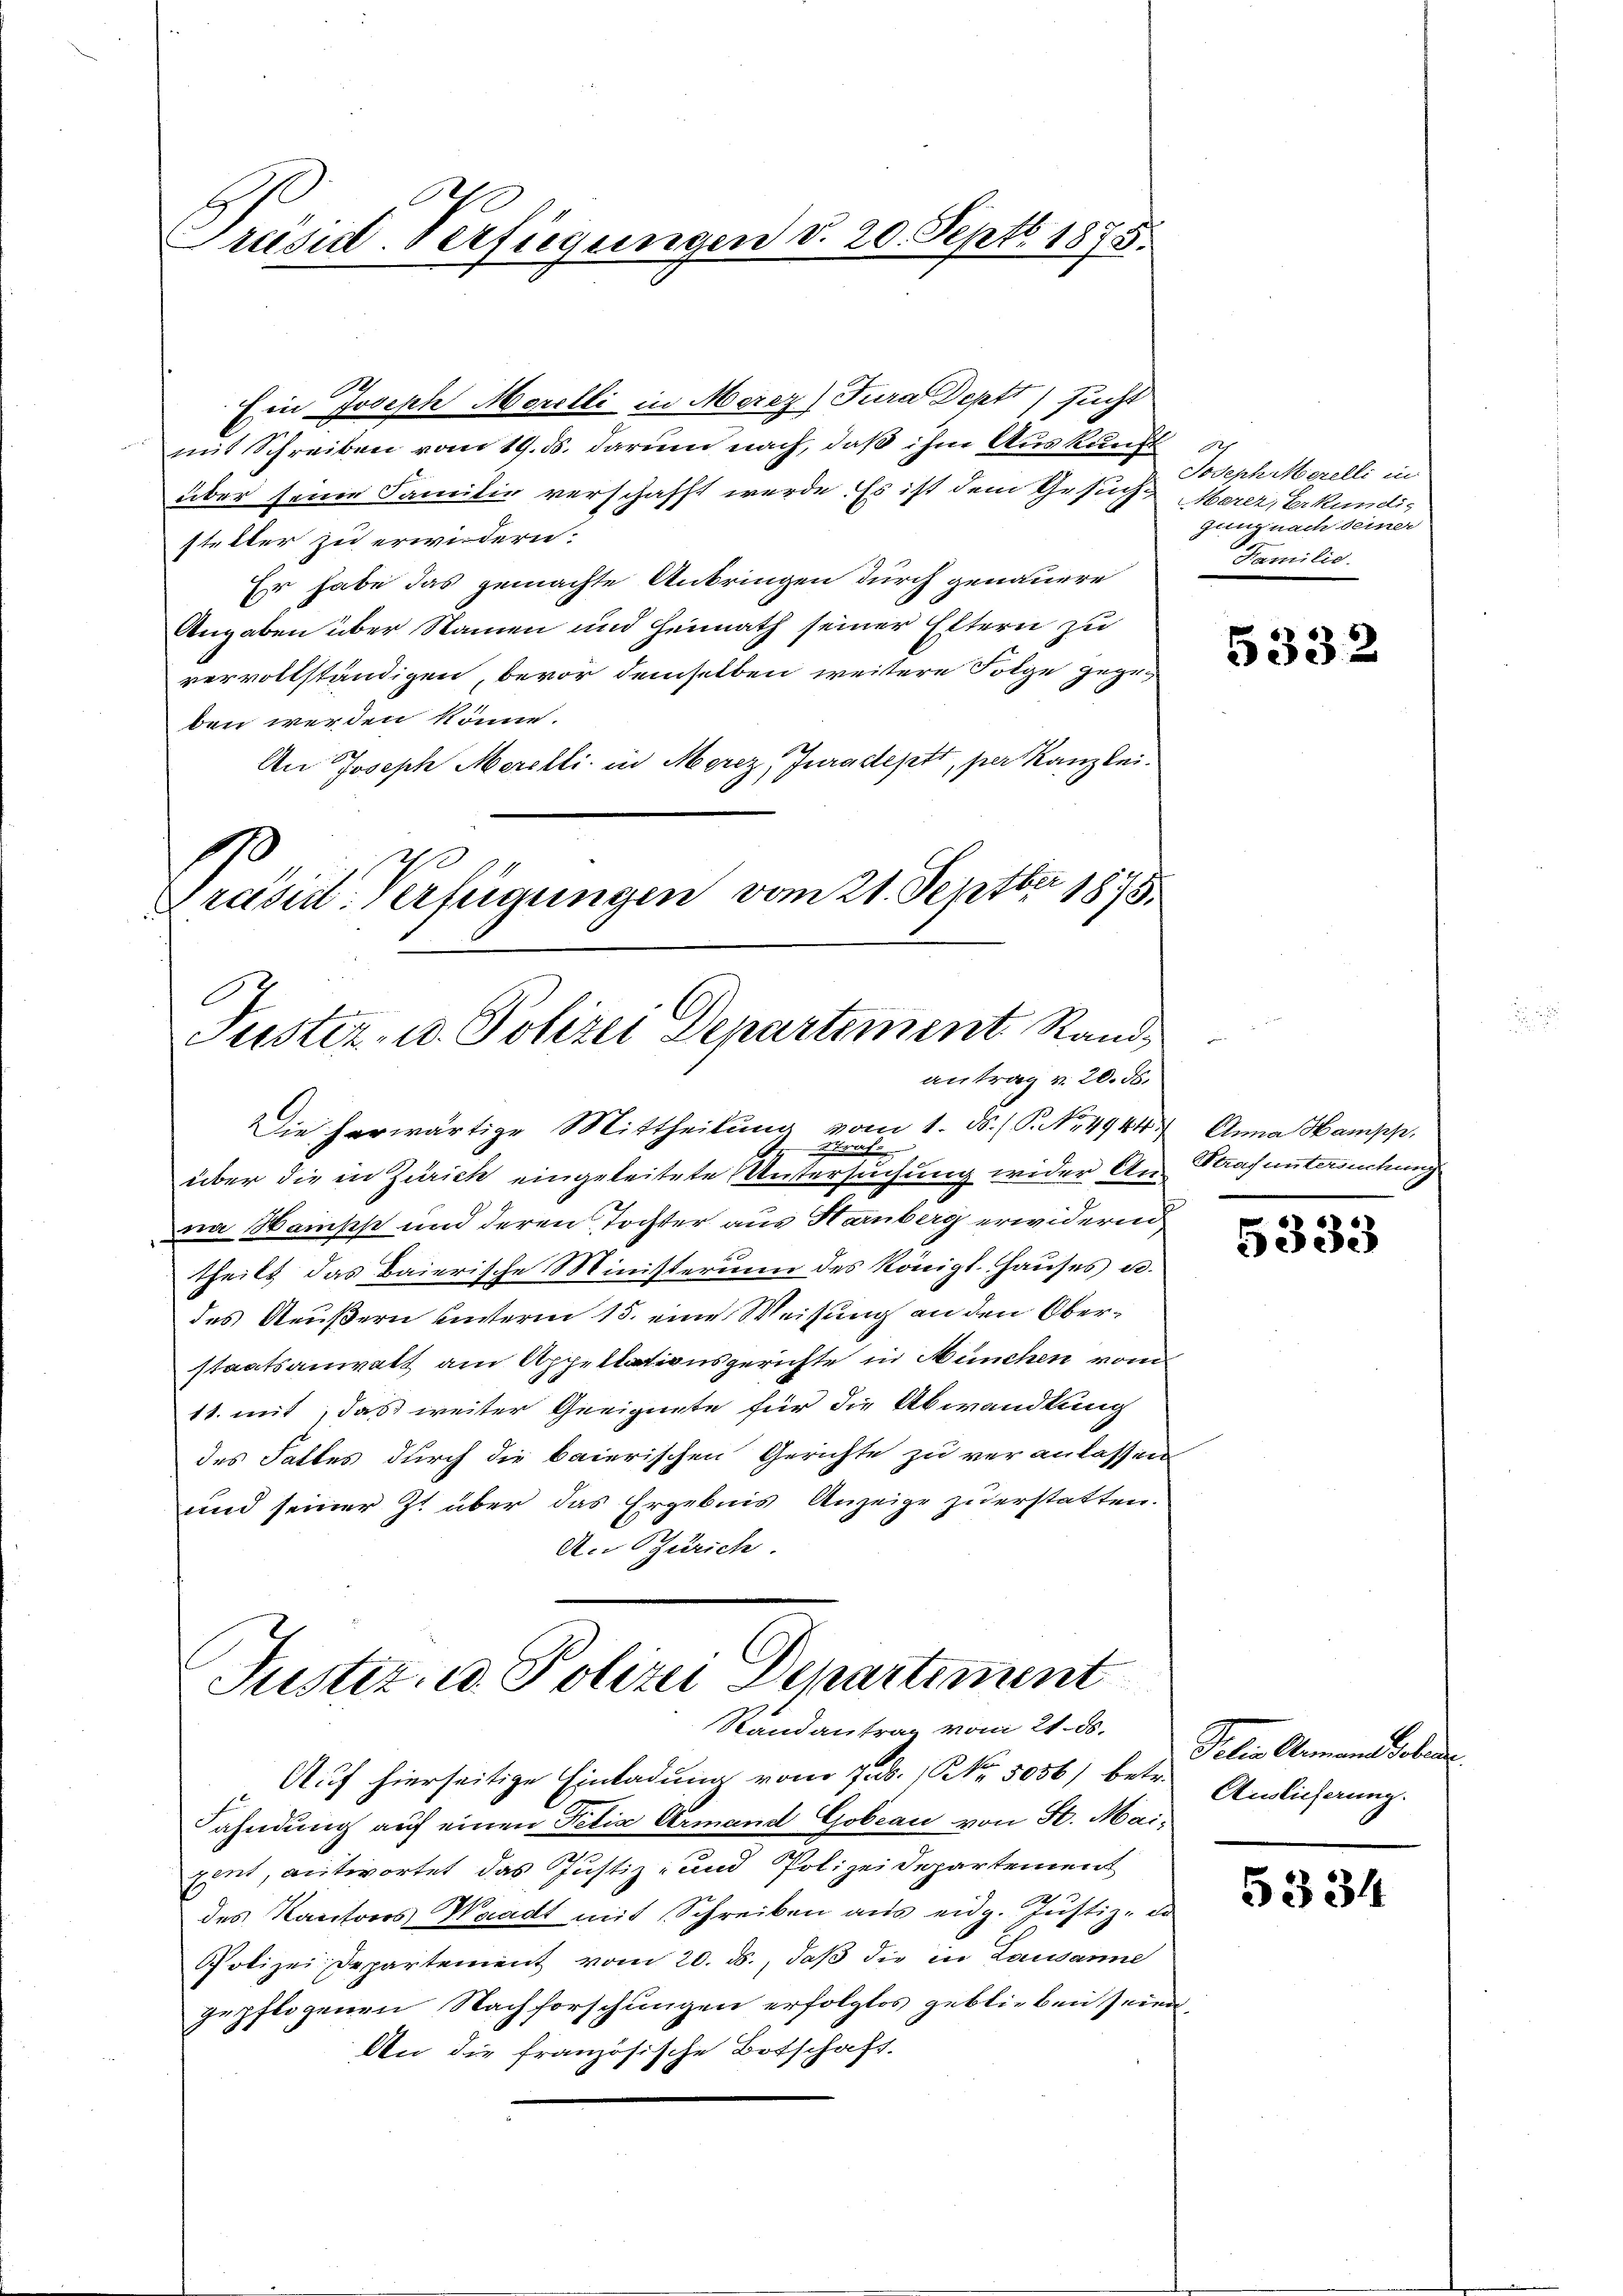
Präsid. Verfügungen d. 20. Septb. 1875.

Ein Joseph Morelli in Mercz) Jura Deptt) sucht
mit Schreiben vom 19. ds. darum nach, daß ihm Auskunft
über seine Familie verschafft werde. Es ist dem Gesuch Marer, Erkundig
steller zu erwiedern.
Er habe das gemachte Anbringen durch genauere
Angaben über Namen und Heimath seiner Eltern zu
vervollständigen, bevor demselben weitere Folge gegeben werden könne.
An Joseph Merelli in Merz, Juradejett, per Kanzlei.
.
Présil-Verfügungen vom 21. Septbr 1875.
C

Justiz- u. Polizei Departement Rand,
antrag v. 20. 56.

Justiz- u. Polizei Departiment
Randantrag vom 21. ds.

r
Joseph Merelli in
gung nach deiner
Familie

Die herwärtige Mittheilung vom 1. ds. P. Nr. 4944. Anna Hampp,
An Straf
über die in Zürich eingeleitete Untersuchung wider An Strafuntersuchung
na Stampf und deren Tochter aus Harnberg erwidertheils das Baierische Ministerium des Königl. Hauses u.
des Aeußern unterm 15. eine Weisung an den Oberstaatsanwalt am Appellationsgerichte in München vom
11. mit, das weiter Geeignete für die Abwandlung
des Falles durch die baierischen Gerichte zu veranlassen
und seiner Z. über das Ergebnis Anzeige zu erstatten.
An Zürich.

Auf hierseitige Einladung vom Jus. (Nr. 5056) betr.
ahndung auf einen Petia Armand Gobeau von St. Maipent, antwortet das Justiz- und Polizeidepartement
des Kantons Waadt mit Schreiben aus eidg. Justiz-Co
Polizei Departement vom 20. ds., daß die in Lausanne
gepflogenen Nachforschungen erfolglos geblieben seien.
An die französische Botschaft.

5332

5333

Selin Ammand eben.
Auslicherung.

5334